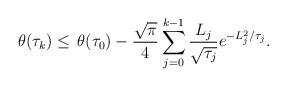
LaTeX: \begin{align*} \, \theta(\tau_{k})\leq \, \theta(\tau_{0})-\frac{\sqrt{\pi}}{4}\sum_{j=0}^{k-1}\frac{L_{j}}{\sqrt{\tau_{j}}}e^{-L_{j}^{2}/\tau_{j}}.\end{align*}